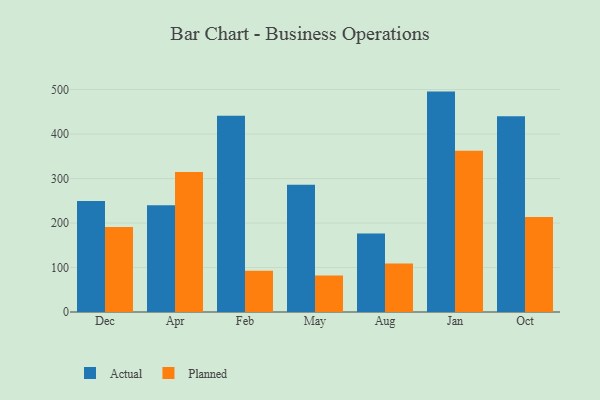
{"axis": {"x": "Month", "y": "Website Visitors"}, "legend": ["Actual", "Planned"], "data": [{"x": "Dec", "y": 249.5, "type": "Actual"}, {"x": "Dec", "y": 190.9, "type": "Planned"}, {"x": "Apr", "y": 240.0, "type": "Actual"}, {"x": "Apr", "y": 314.5, "type": "Planned"}, {"x": "Feb", "y": 441.2, "type": "Actual"}, {"x": "Feb", "y": 92.5, "type": "Planned"}, {"x": "May", "y": 285.8, "type": "Actual"}, {"x": "May", "y": 82.2, "type": "Planned"}, {"x": "Aug", "y": 176.5, "type": "Actual"}, {"x": "Aug", "y": 109.1, "type": "Planned"}, {"x": "Jan", "y": 495.4, "type": "Actual"}, {"x": "Jan", "y": 362.6, "type": "Planned"}, {"x": "Oct", "y": 439.9, "type": "Actual"}, {"x": "Oct", "y": 213.7, "type": "Planned"}]}